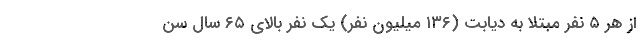
از هر ۵ نفر مبتلا به دیابت (۱۳۶ میلیون نفر) یک نفر بالای ۶۵ سال سن